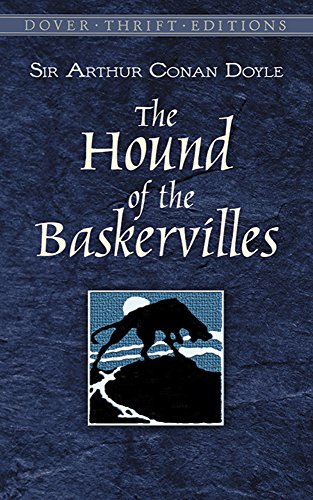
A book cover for The Hound of the Baskervilles (Dover Thrift Editions); Sir Arthur Conan Doyle; Mystery, Thriller & Suspense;